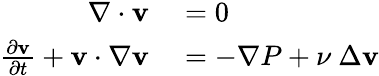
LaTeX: \begin{array}{rl}{\nabla\cdot\textbf{v}}&{{}=0}\\ {\frac{\partial\textbf{v}}{\partial t}+\textbf{v}\cdot\nabla\textbf{v}}&{{}=-\nabla P+\nu~\Delta\textbf{v}}\end{array}